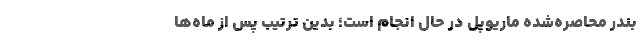
بندر محاصره‌شده ماریوپل در حال انجام است؛ بدین ترتیب پس از ماه‌ها